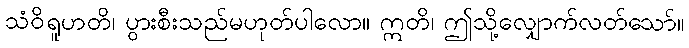
သံဝိရူဟတိ၊ ပွားစီးသည်မဟုတ်ပါလော။ ဣတိ၊ ဤသို့လျှောက်လတ်သော်။